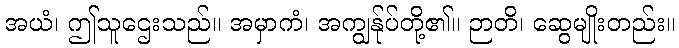
အယံ၊ ဤသူဌေးသည်။ အမှာကံ၊ အကျွန်ုပ်တို့၏။ ဉာတိ၊ ဆွေမျိုးတည်း။